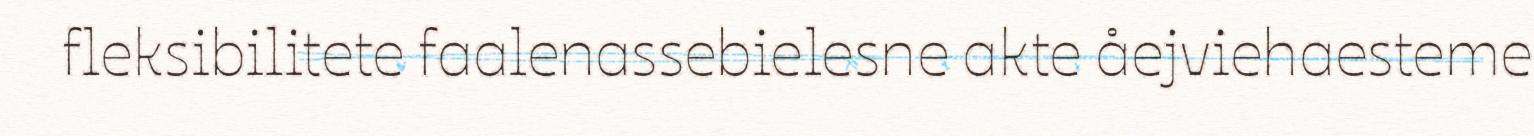
fleksibilitete faalenassebielesne akte åejviehaesteme